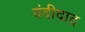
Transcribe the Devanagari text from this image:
वंदीदाद